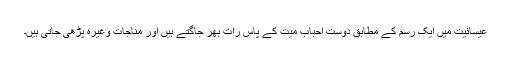
عیسائیت میں ایک رسم کے مطابق دوست احباب میت کے پاس رات بھر جاگتے ہیں اور مناجات وغیرہ پڑھی جاتی ہیں۔